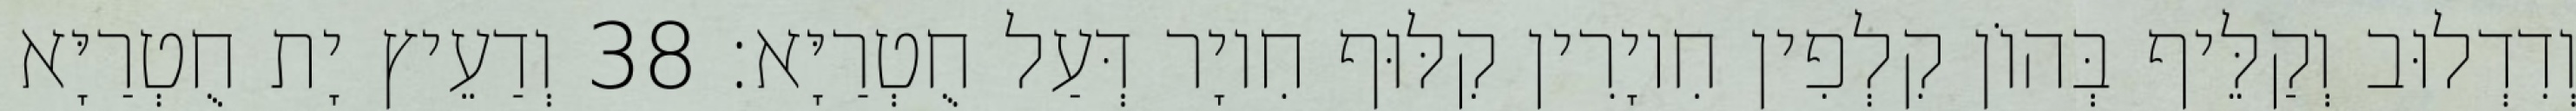
וְדִדְלוּב וְקַלֵּיף בְּהוֹן קִלְפִין חִיוָרִין קִלּוּף חִיוָר דְּעַל חֻטְרַיָּא׃ 38 וְדַעֵיץ יָת חֻטְרַיָּא